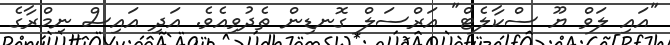
"އައި ލަވް ޔޫ ސްކާލެޓް" އަރްސަލް ގޮނޑިން ތެދުވިއެވެ. އަދި އައިސް ނިމްރާގެ